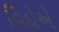
વિદોએ